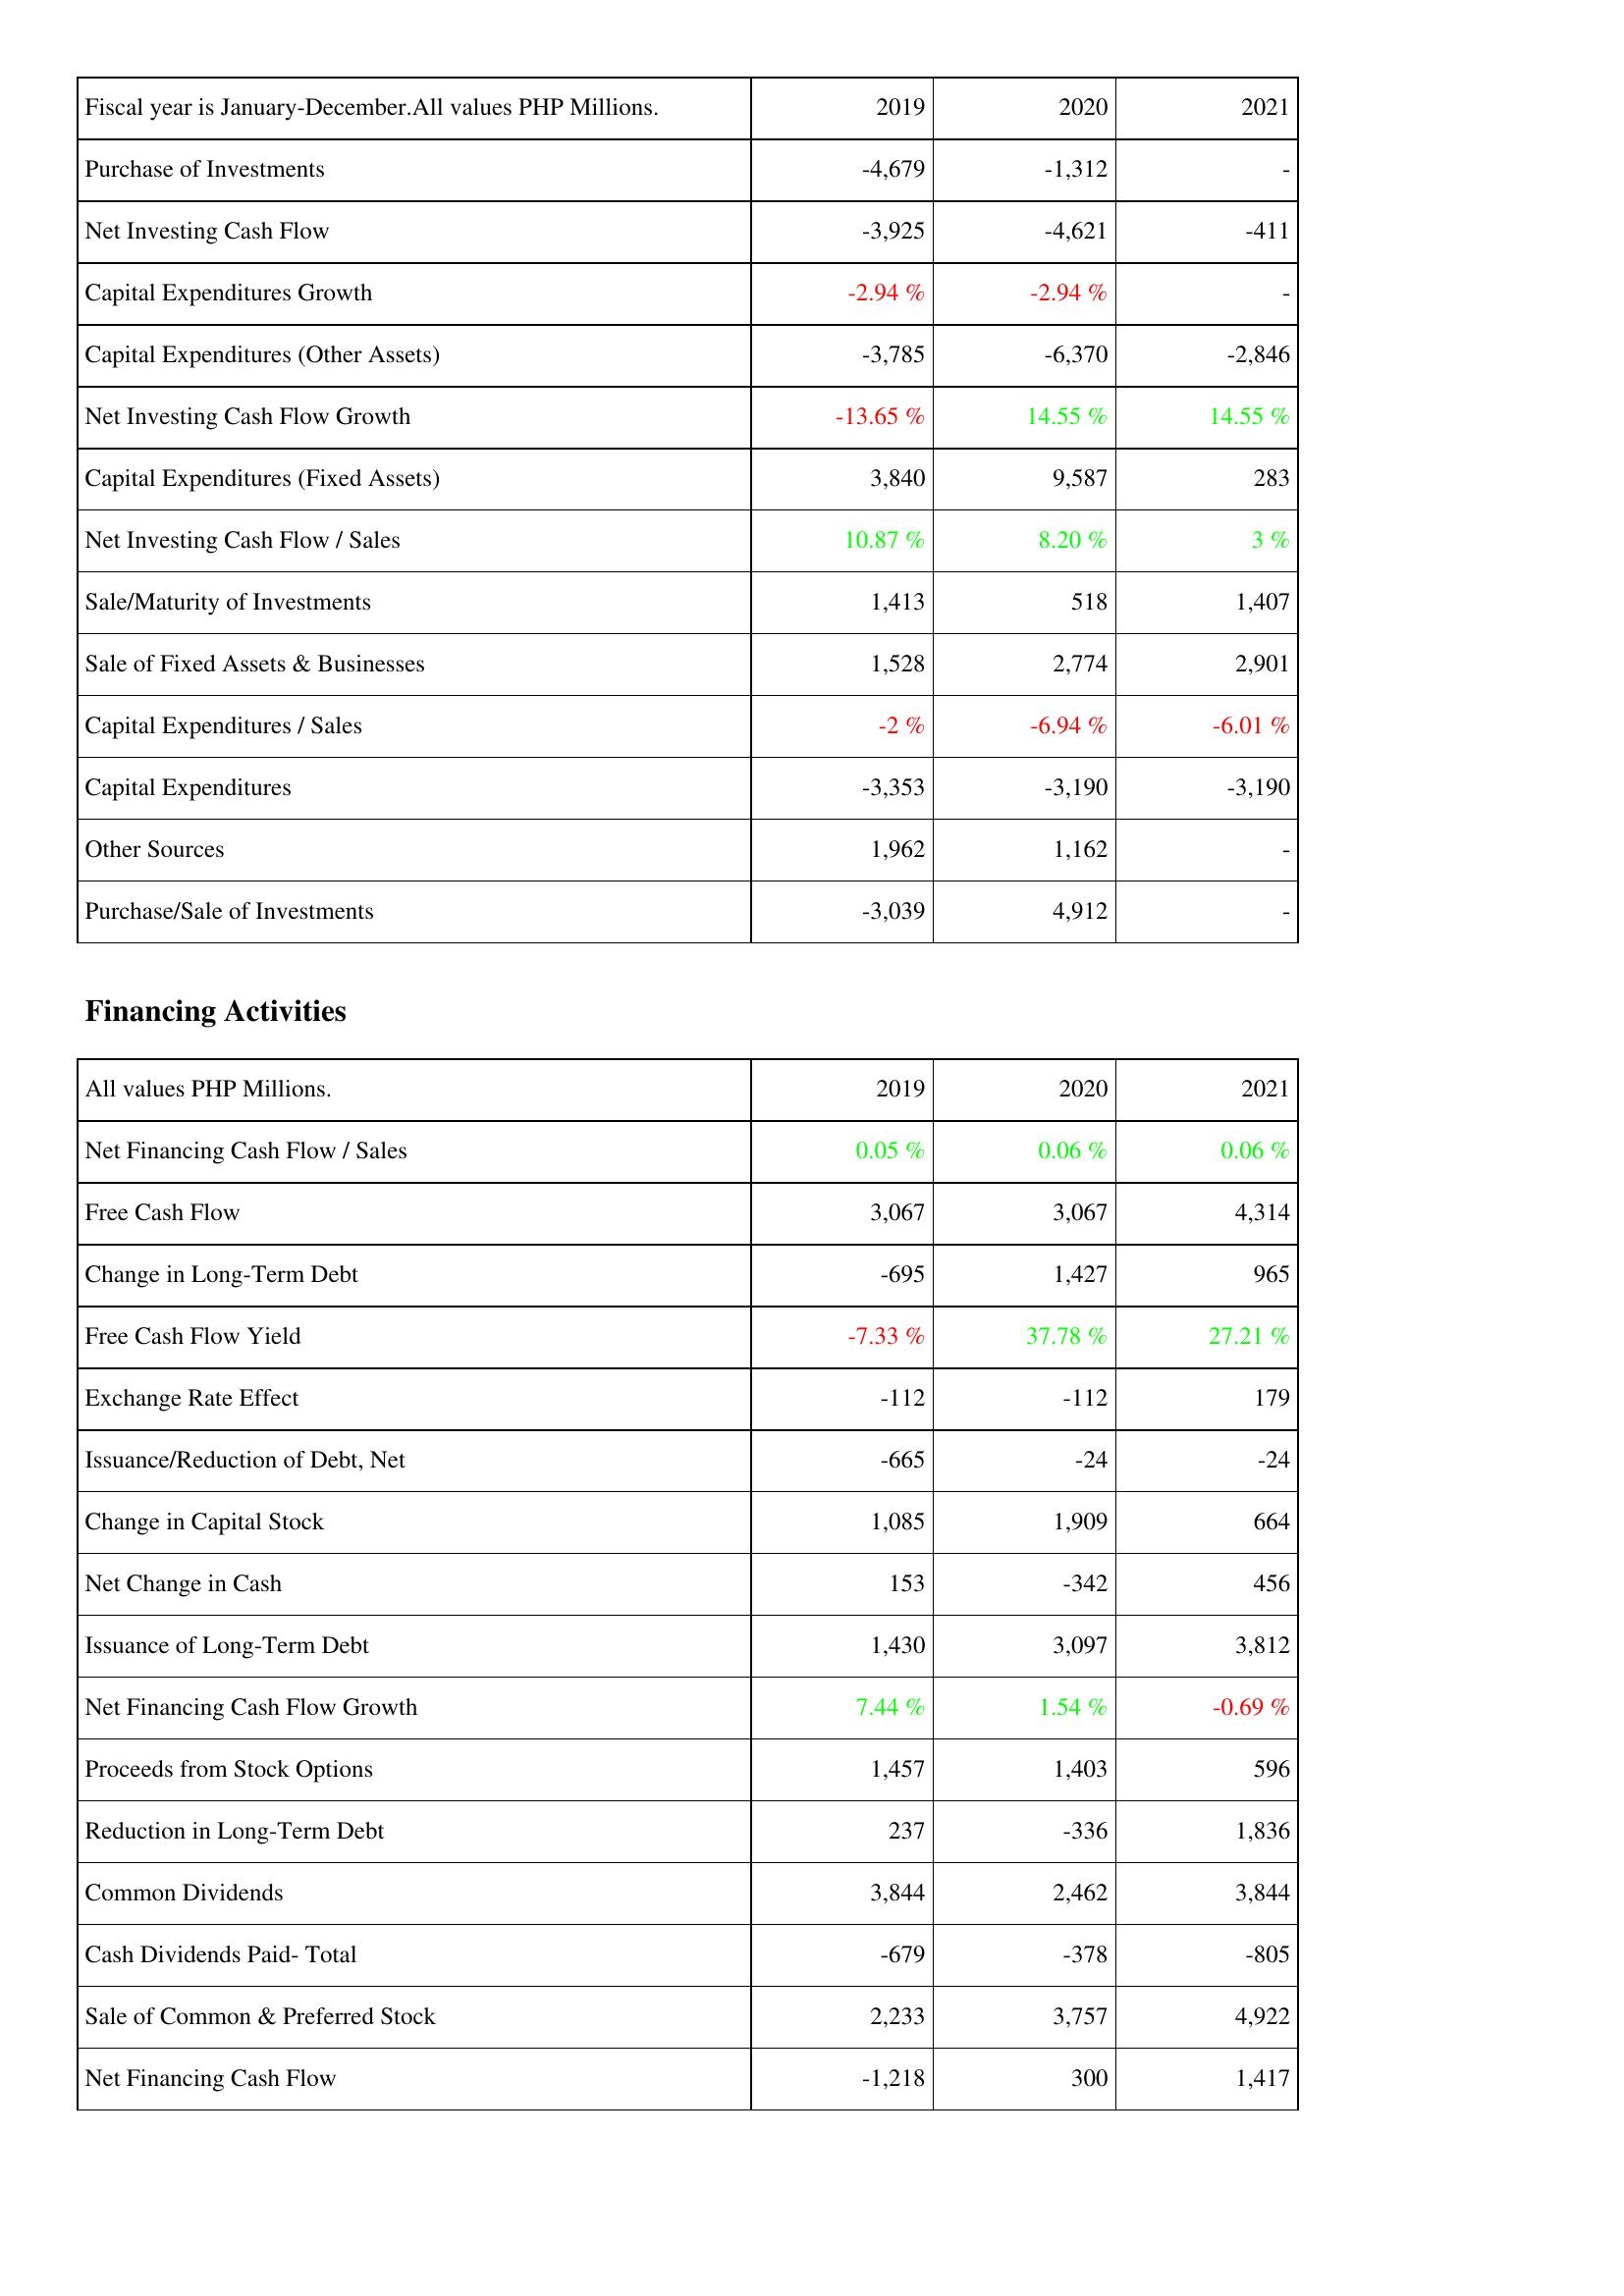
2019: Investing Activities: Purchase of Investments: -4,679
Net Investing Cash Flow: -3,925
Capital Expenditures Growth: -2.94 %
Capital Expenditures (Other Assets): -3,785
Net Investing Cash Flow Growth: -13.65 %
Capital Expenditures (Fixed Assets): 3,840
Net Investing Cash Flow / Sales: 10.87 %
Sale/Maturity of Investments: 1,413
Sale of Fixed Assets & Businesses: 1,528
Capital Expenditures / Sales: -2 %
Capital Expenditures: -3,353
Other Sources: 1,962
Purchase/Sale of Investments: -3,039
Financing Activities: Net Financing Cash Flow / Sales: 0.05 %
Free Cash Flow: 3,067
Change in Long-Term Debt: -695
Free Cash Flow Yield: -7.33 %
Exchange Rate Effect: -112
Issuance/Reduction of Debt, Net: -665
Change in Capital Stock: 1,085
Net Change in Cash: 153
Issuance of Long-Term Debt: 1,430
Net Financing Cash Flow Growth: 7.44 %
Proceeds from Stock Options: 1,457
Reduction in Long-Term Debt: 237
Common Dividends: 3,844
Cash Dividends Paid- Total: -679
Sale of Common & Preferred Stock: 2,233
Net Financing Cash Flow: -1,218
2020: Investing Activities: Purchase of Investments: -1,312
Net Investing Cash Flow: -4,621
Capital Expenditures Growth: -2.94 %
Capital Expenditures (Other Assets): -6,370
Net Investing Cash Flow Growth: 14.55 %
Capital Expenditures (Fixed Assets): 9,587
Net Investing Cash Flow / Sales: 8.20 %
Sale/Maturity of Investments: 518
Sale of Fixed Assets & Businesses: 2,774
Capital Expenditures / Sales: -6.94 %
Capital Expenditures: -3,190
Other Sources: 1,162
Purchase/Sale of Investments: 4,912
Financing Activities: Net Financing Cash Flow / Sales: 0.06 %
Free Cash Flow: 3,067
Change in Long-Term Debt: 1,427
Free Cash Flow Yield: 37.78 %
Exchange Rate Effect: -112
Issuance/Reduction of Debt, Net: -24
Change in Capital Stock: 1,909
Net Change in Cash: -342
Issuance of Long-Term Debt: 3,097
Net Financing Cash Flow Growth: 1.54 %
Proceeds from Stock Options: 1,403
Reduction in Long-Term Debt: -336
Common Dividends: 2,462
Cash Dividends Paid- Total: -378
Sale of Common & Preferred Stock: 3,757
Net Financing Cash Flow: 300
2021: Investing Activities: Purchase of Investments: -
Net Investing Cash Flow: -411
Capital Expenditures Growth: -
Capital Expenditures (Other Assets): -2,846
Net Investing Cash Flow Growth: 14.55 %
Capital Expenditures (Fixed Assets): 283
Net Investing Cash Flow / Sales: 3 %
Sale/Maturity of Investments: 1,407
Sale of Fixed Assets & Businesses: 2,901
Capital Expenditures / Sales: -6.01 %
Capital Expenditures: -3,190
Other Sources: -
Purchase/Sale of Investments: -
Financing Activities: Net Financing Cash Flow / Sales: 0.06 %
Free Cash Flow: 4,314
Change in Long-Term Debt: 965
Free Cash Flow Yield: 27.21 %
Exchange Rate Effect: 179
Issuance/Reduction of Debt, Net: -24
Change in Capital Stock: 664
Net Change in Cash: 456
Issuance of Long-Term Debt: 3,812
Net Financing Cash Flow Growth: -0.69 %
Proceeds from Stock Options: 596
Reduction in Long-Term Debt: 1,836
Common Dividends: 3,844
Cash Dividends Paid- Total: -805
Sale of Common & Preferred Stock: 4,922
Net Financing Cash Flow: 1,417